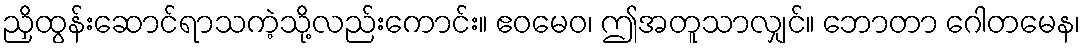
ညှိထွန်းဆောင်ရာသကဲ့သို့လည်းကောင်း။ ဧဝမေဝ၊ ဤအတူသာလျှင်။ ဘောတာ ဂေါတမေန၊